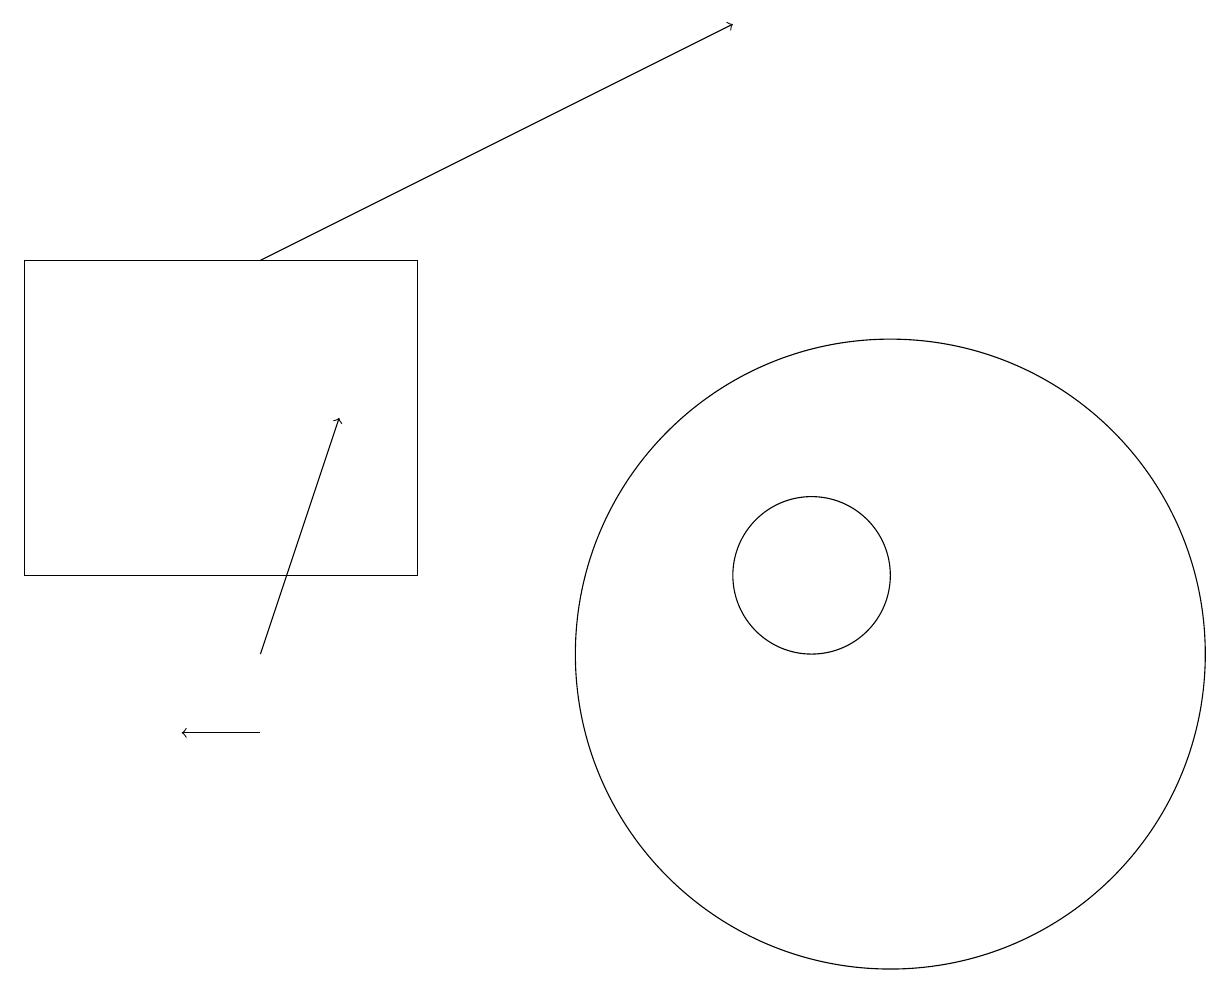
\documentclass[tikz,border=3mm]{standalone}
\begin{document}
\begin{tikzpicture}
\draw[->] (3,11) -- (4,14);
\draw (10,12) circle (1);
\draw (11,11) circle (4);
\draw[->] (3,16) -- (9,19);
\draw (5,12) rectangle (0,16);
\draw[->] (3,10) -- (2,10);
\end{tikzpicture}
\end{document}